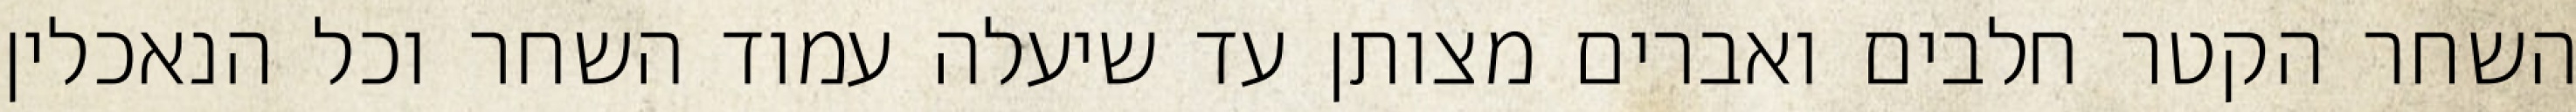
השחר הקטר חלבים ואברים מצותן עד שיעלה עמוד השחר וכל הנאכלין